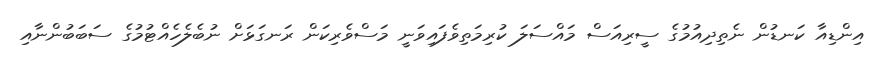
އިންޑިއާ ކަނޑުން ނެތިދިއުމުގެ ސީރިއަސް މައްސަލަ ކުރިމަތިވެފައިވަނީ މަސްވެރިކަން ރަނގަޅަށް ނުބެލެހެއްޓުމުގެ ސަބަބުންނާއި